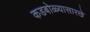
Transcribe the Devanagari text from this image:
कडबोळ्यासारखे